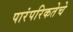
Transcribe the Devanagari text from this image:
पारंपरिकतेचे